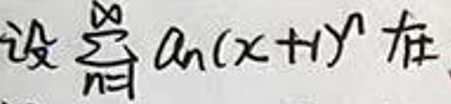
设\(\sum_{n = 0}^{\infty} a_n(x + 1)^n\)在